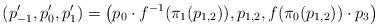
LaTeX: \begin{align*}(p'_{-1}, p'_0, p'_1) = \big(p_0 \cdot f^{-1}(\pi_1(p_{1,2})), p_{1,2}, f(\pi_0(p_{1,2}))\cdot p_3\big)\end{align*}